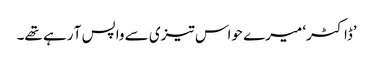
’ڈاکٹر‘ میرے حواس تیزی سے واپس آ رہے تھے۔